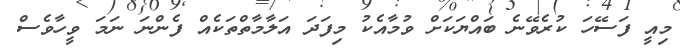
މިއީ ފަސޭހަ ކުރެވޭނެ ބައްޔަކަށް ވުމާއެކު މިފަދަ އަލާމާތްތަކެއް ފެންނަ ނަމަ ވީހާވެސް